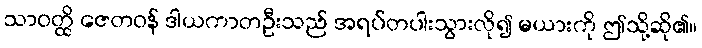
သာဝတ္ထိ ဇေတဝန် ဒါယကာတဦးသည် အရပ်တပါးသွားလို၍ မယားကို ဤသို့ဆို၏။